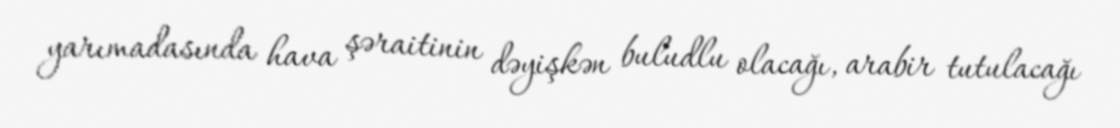
yarımadasında hava şəraitinin dəyişkən buludlu olacağı, arabir tutulacağı